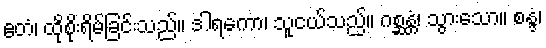
ဧတံ၊ ထိုစိုးရိမ်ခြင်းသည်။ ဒါရကော၊ သူငယ်သည်။ ဂစ္ဆန္တံ၊ သွားသော။ စန္ဒံ၊